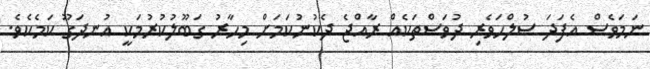
ނަމަވެސް އެފަދަ ސުލްހަވެރި ދުވަސްތަކެއް ރާއްޖެ ދެކުނުކަމަށް މިހާރު ގަބޫލުކުރުމަކީ އުނދަގޫ ކަމެކެވެ.